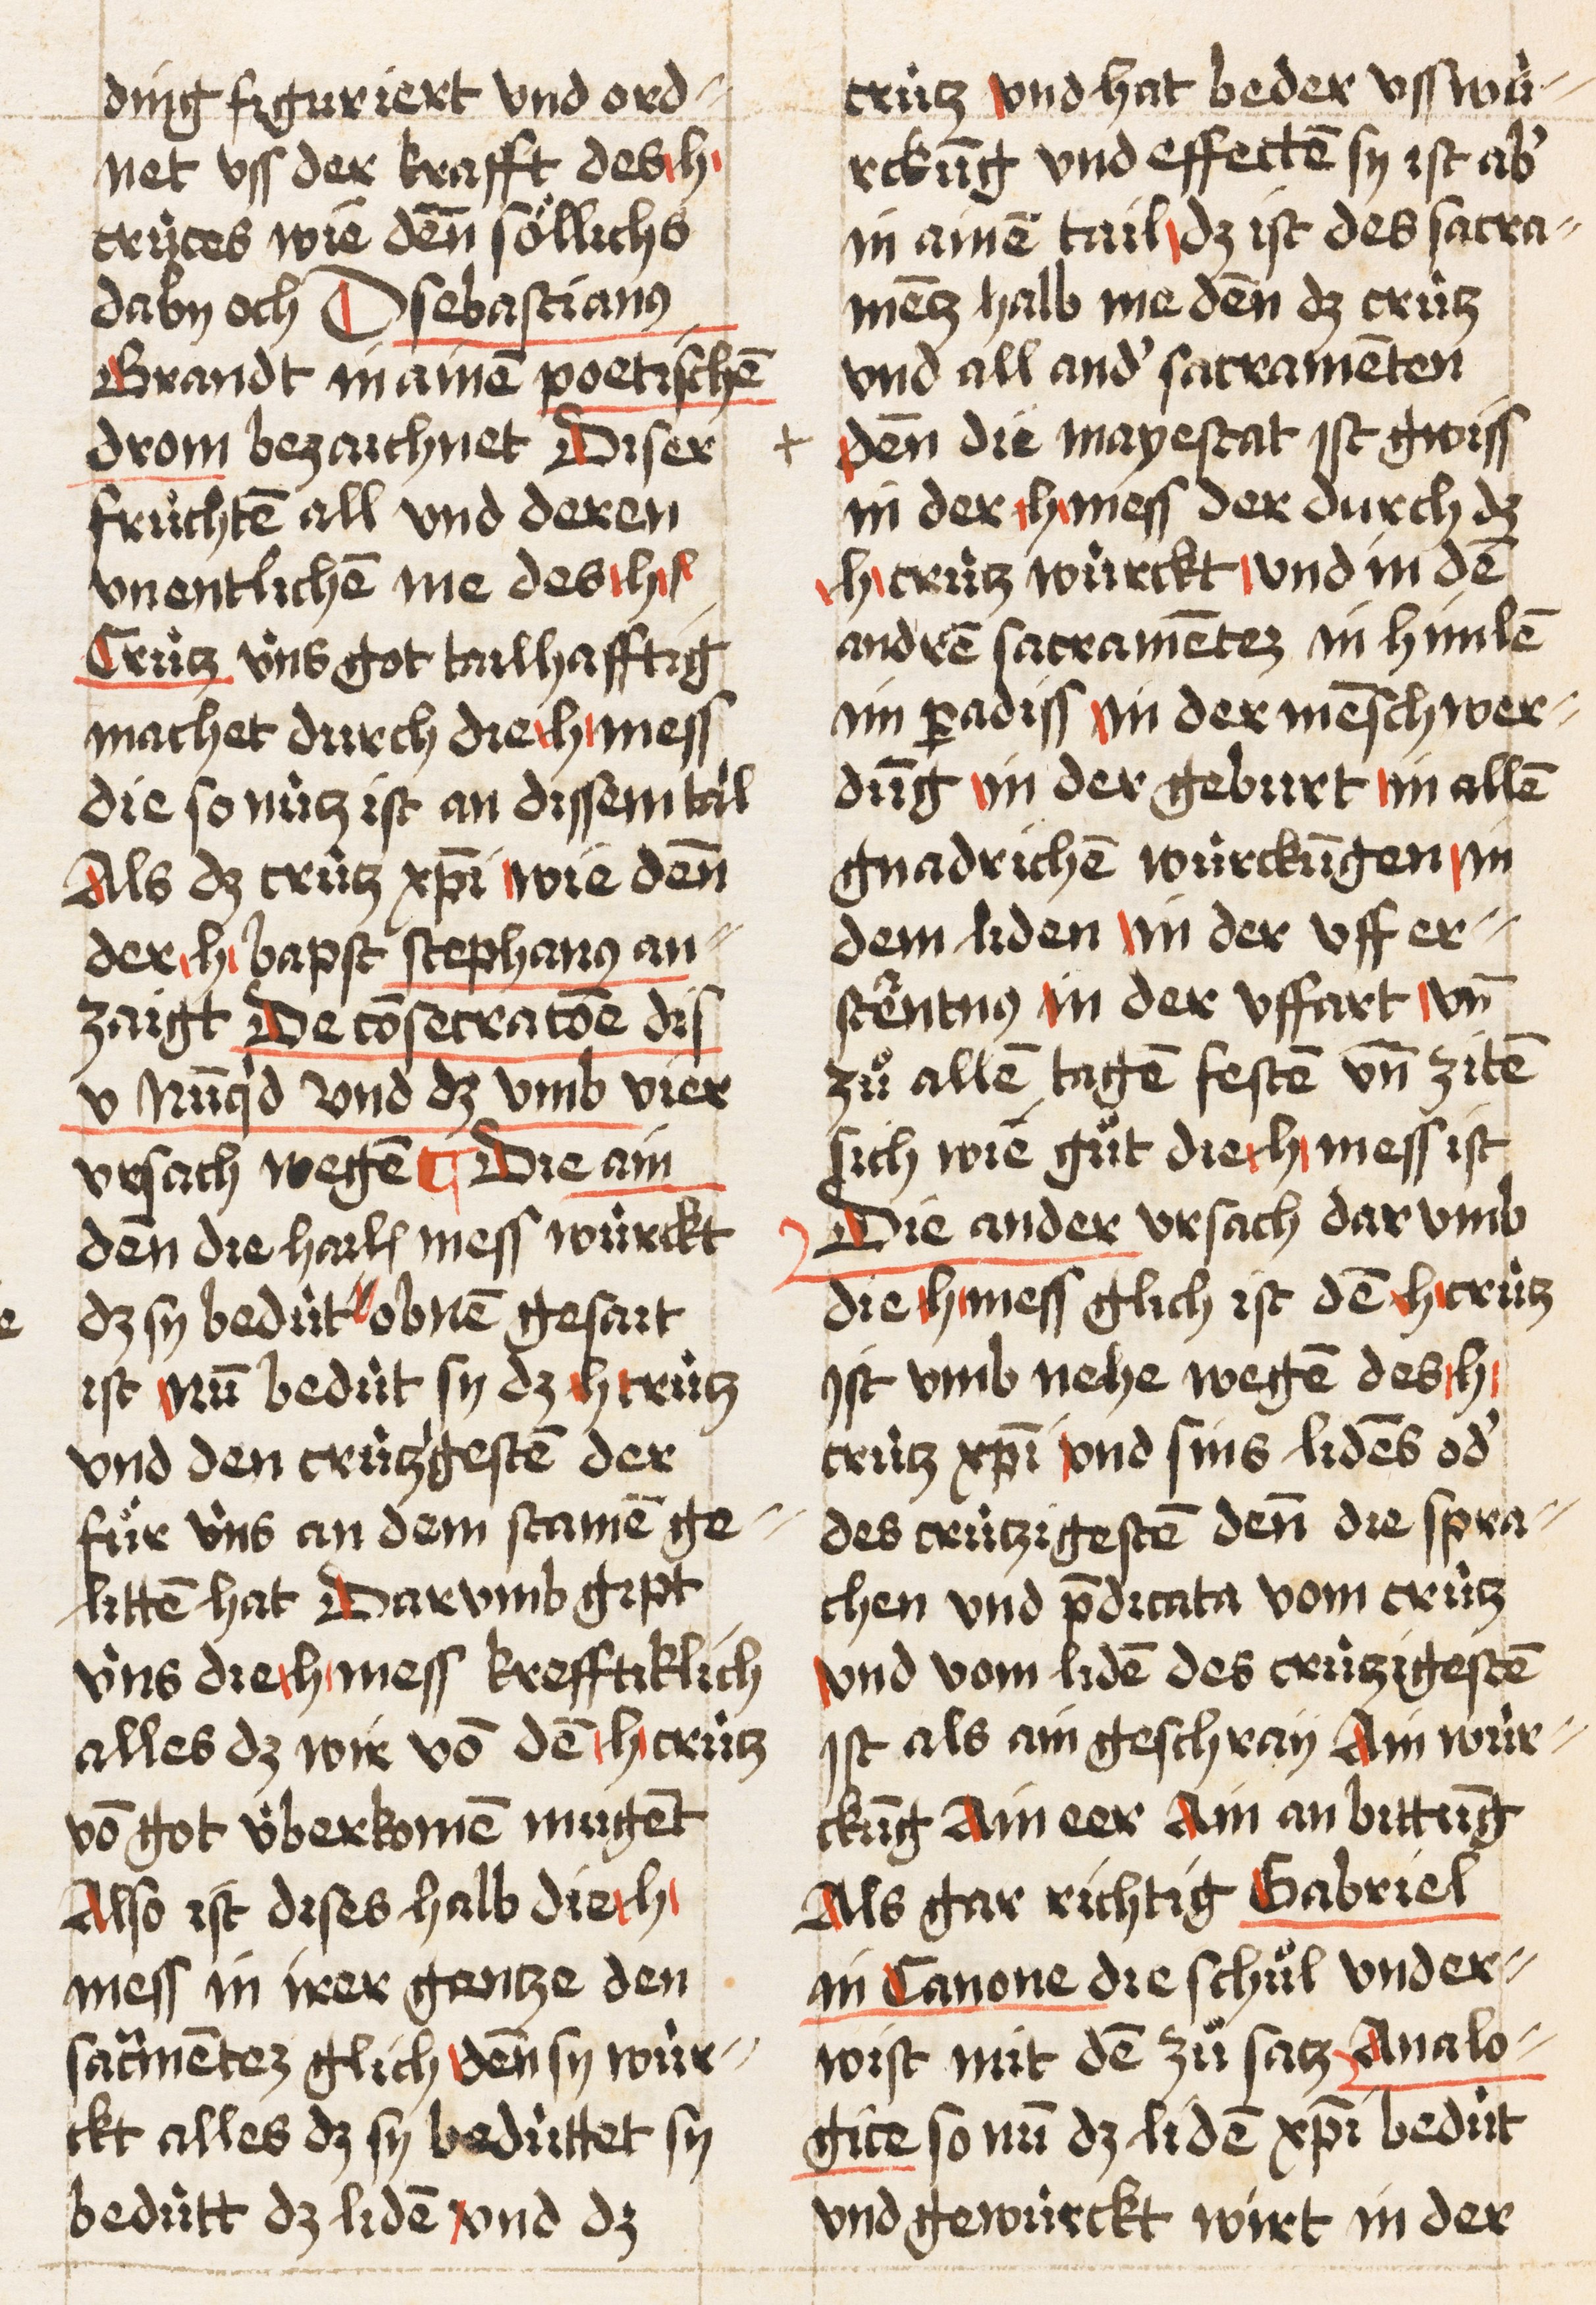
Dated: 1521–1522